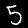
Digit: 5